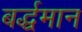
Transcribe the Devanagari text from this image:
बर्द्धमान